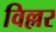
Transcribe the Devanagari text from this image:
विल्लर